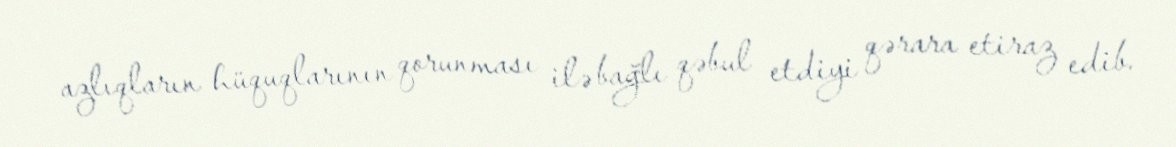
azlıqların hüquqlarının qorunması ilə bağlı qəbul etdiyi qərara etiraz edib.